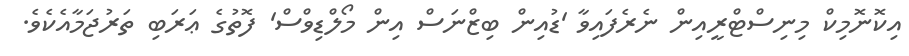
އިކޮނޮމިކް މިނިސްޓްރީއިން ނެރެފައިވާ 'ޑުއިން ބިޒްނަސް އިން މޯލްޑިވްސް' ފޮތުގެ ޢަރަބި ތަރުޖަމާއެކެވެ.